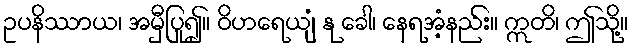
ဥပနိဿာယ၊ အမှီပြု၍။ ဝိဟရေယျံ နု ခေါ၊ နေရအံ့နည်း။ ဣတိ၊ ဤသို့။